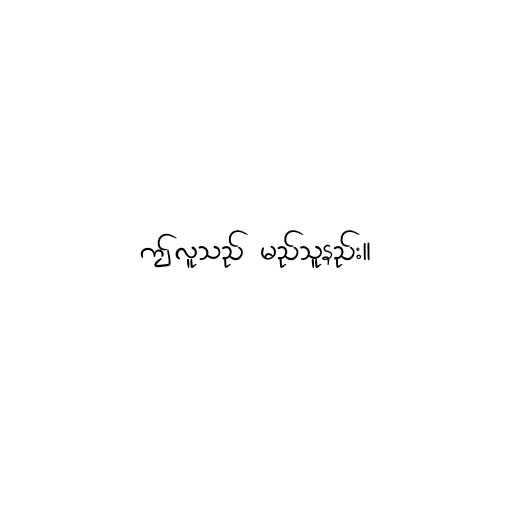
ဤလူသည် မည်သူနည်း။